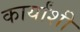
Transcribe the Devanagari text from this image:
कार्यांशी